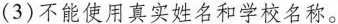
(3)不能使用真实姓名和学校名称。